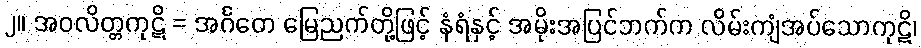
၂။ အဝလိတ္တကုဋိ = အင်္ဂတေ မြေညက်တို့ဖြင့် နံရံနှင့် အမိုးအပြင်ဘက်က လိမ်းကျံအပ်သောကုဋိ၊